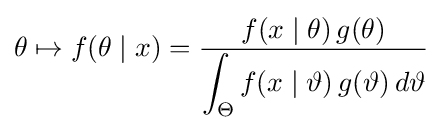
\theta \mapsto f(\theta \mid x)={\frac {f(x\mid \theta )\,g(\theta )}{\displaystyle \int _{\Theta }f(x\mid \vartheta )\,g(\vartheta )\,d\vartheta }}\!